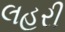
લહરી